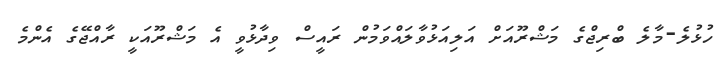
ހުޅުލެ-މާލެ ބްރިޖްގެ މަޝްރޫއަށް އަލިއަޅުވާލައްވަމުން ރައީސް ވިދާޅުވީ އެ މަޝްރޫއަކީ ރާއްޖޭގެ އެންމެ